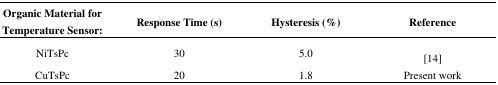
| Organic Material for Temperature Sensor: | Response Time (s) | Hysteresis (%) | Reference |
 | --- | --- | --- | --- |
 | NiTsPc | 30 | 5.0 | [14] |
 | CuTsPc | 20 | 1.8 | Present work |